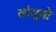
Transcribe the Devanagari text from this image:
सांगूतो